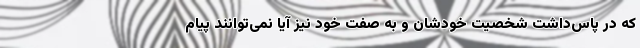
که در پاس‌داشت شخصیتِ خودشان و به صفت خود نیز آیا نمی‌توانند پیام